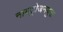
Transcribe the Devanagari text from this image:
नायट्रोजनयुक्त